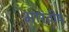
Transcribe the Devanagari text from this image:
भारंतीय